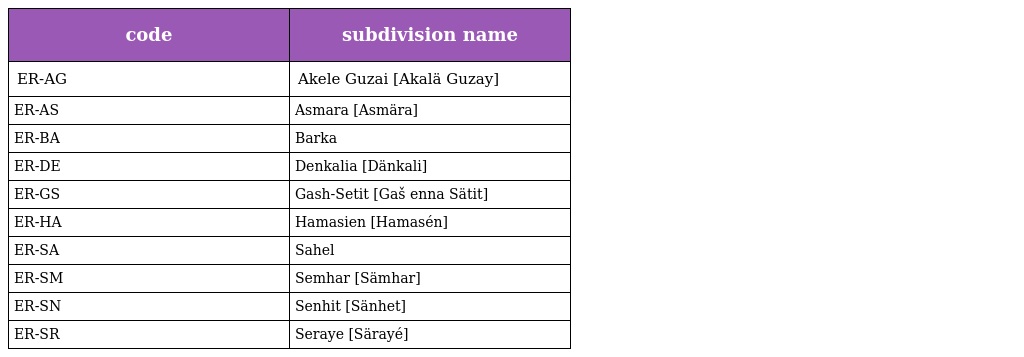
| code | subdivision name |
 | --- | --- |
 | ER-AG | Akele Guzai [Akalä Guzay] |
 | ER-AS | Asmara [Asmära] |
 | ER-BA | Barka |
 | ER-DE | Denkalia [Dänkali] |
 | ER-GS | Gash-Setit [Gaš enna Sätit] |
 | ER-HA | Hamasien [Hamasén] |
 | ER-SA | Sahel |
 | ER-SM | Semhar [Sämhar] |
 | ER-SN | Senhit [Sänhet] |
 | ER-SR | Seraye [Särayé] |